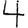
Digit: 4